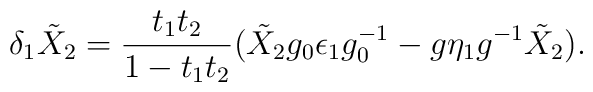
\delta_1 \tilde{X}_2 = {t_1 t_2\over 1 - t_1 t_2} (\tilde{X}_2 g_0 \epsilon_1g_0^{-1} - g \eta_1 g^{-1} \tilde{X}_2).